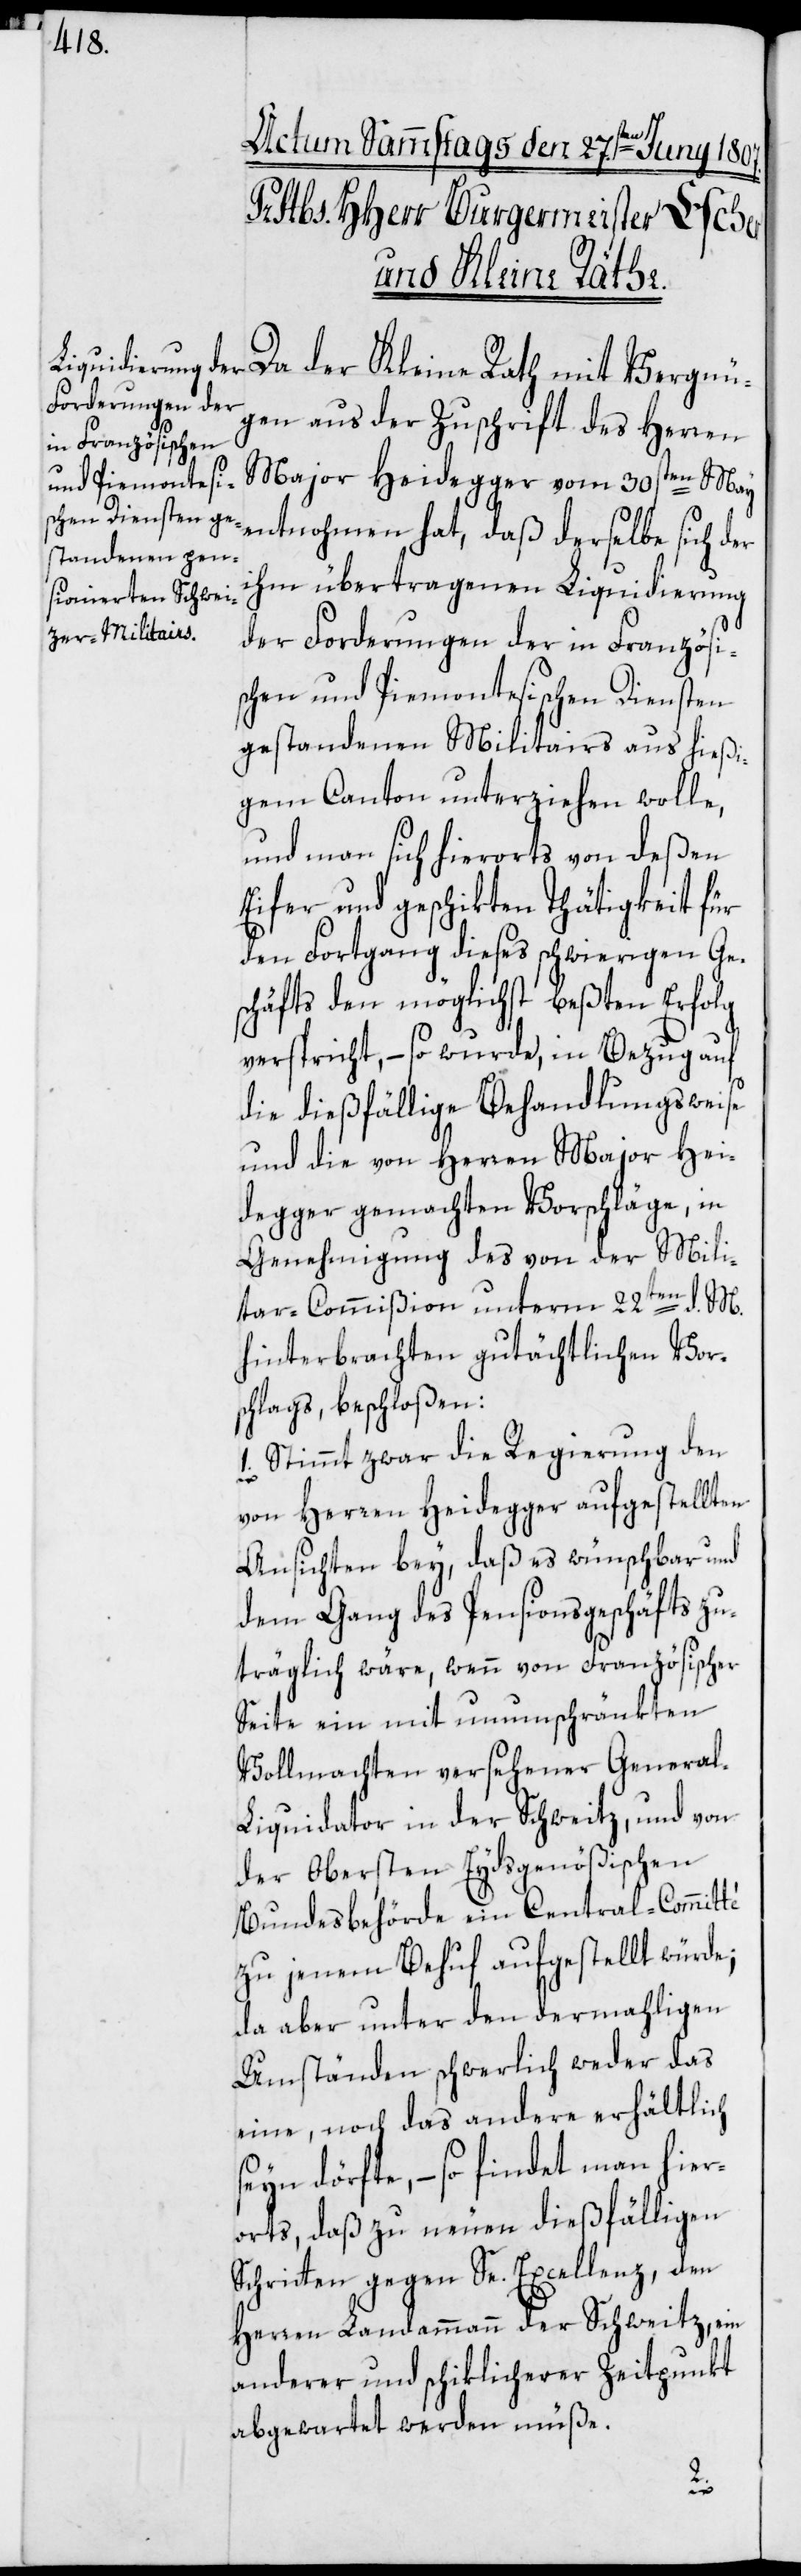
Da der Kleine Rath mit Vergnü¬
gen aus der Zuschrift des Herren
Major Heidegger vom 30sten May
entnohmen hat, daß derselbe sich der
ihm übertragenen Liquidierung
der Forderungen der in Französi¬
schen und Piemontesischen Diensten
gestandenen Militairs aus hießi¬
gem Canton unterziehen wolle,
und man sich hierorts von deßen
Eifer und geschikten Thätigkeit für
den Fortgang dieses schwierigen Ge¬
schäfts den möglichst beßten Erfolg
verspricht, – so wurde, in Bezug auf
die dießfällige Behandlungsweise
und die von Herren Major Hei¬
degger gemachten Vorschläge, in
Genehmigung des von der Mili¬
tar-Commißion unterm 22sten d. M.
hinterbrachten gutächtlichen Vor¬
schlags, beschloßen:
1. Stimmt zwar die Regierung den
von Herren Heidegger aufgestellten
Ansichten bey, daß es wünschbar und
dem Gang des Pensionsgeschäfts zu¬
träglich wäre, wenn von Französischer
Seite ein mit unumschränkten
Vollmachten versehener Genera¬
l-Liquidator in der Schweitz, und von
der Obersten Eydsgenößischen
Bundesbehörde ein Central-Commité
zu jenem Behuf aufgestellt würde;
da aber unter den dermahligen
Umständen schwerlich weder das
eine, noch das andere erhältlich
seyn dörfte, – so findet man hier¬
orts, daß zu neuen dießfälligen
Schritten gegen Se. Excellenz, den
Herren Landammann der Schweitz, ein
anderer und schiklicherer Zeitpunkt
abgewartet werden müße.